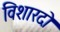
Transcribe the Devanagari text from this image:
विशारदो